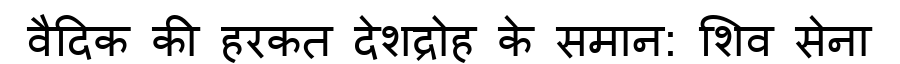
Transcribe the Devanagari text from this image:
वैदिक की हरकत देशद्रोह के समान: शिव सेना